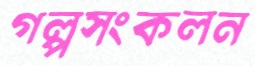
গল্পসংকলন